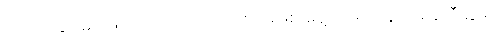
ပင့်ဖိတ်ခြင်းမျိုး ဖြစ်သည်။ ဂဏဘောဇဉ် မဖြစ်၊ မုန့်ဟင်းခါးဆွမ်း, မုန့်တီဆွမ်း,